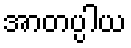
အာတပ္ပါယ